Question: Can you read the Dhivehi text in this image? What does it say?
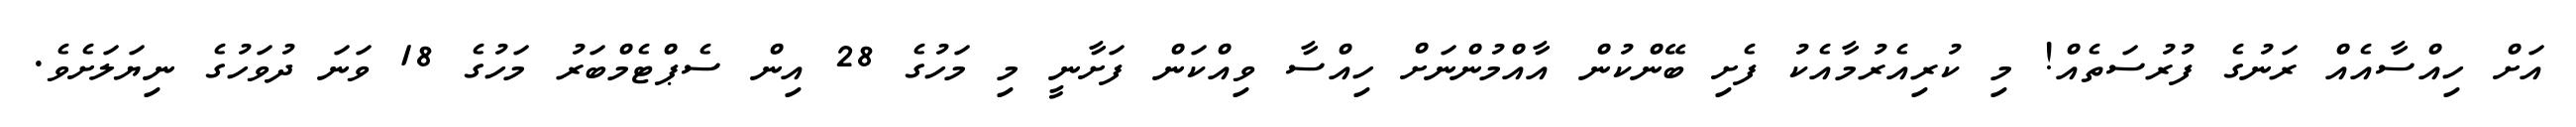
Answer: އަށް ހިއްސާއެއް ރަނުގެ ފުރުސަތެއް! މި ކުރިއެރުމާއެކު ފެށި ބޭންކުން އާއްމުންނަށް ހިއްސާ ވިއްކަން ފަށާނީ މި މަހުގެ 28 އިން ސެޕްޓެމްބަރު މަހުގެ 18 ވަނަ ދުވަހުގެ ނިޔަލަށެވެ.